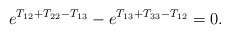
\begin{align*}e^{T_{12} + T_{22}-T_{13}} - e^{T_{13} + T_{33} - T_{12}} = 0.\end{align*}